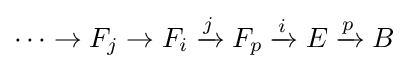
\cdots \to F_{j}\to F_{i}\xrightarrow {j} F_{p}\xrightarrow {i} E\xrightarrow {p} B